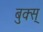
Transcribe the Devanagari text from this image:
बुक्स्